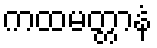
ကထမတ္တာနံ